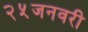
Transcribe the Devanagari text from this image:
२५जनवरी